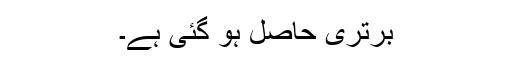
برتری حاصل ہو گئی ہے۔